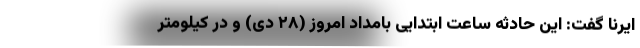
ایرنا گفت: این حادثه ساعت ابتدایی بامداد امروز (۲۸ دی) و در کیلومتر